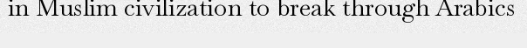
in Muslim civilization to break through Arabics